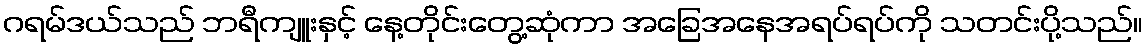
ဂရမ်ဒယ်သည် ဘရီကျူးနှင့် နေ့တိုင်းတွေ့ဆုံကာ အခြေအနေအရပ်ရပ်ကို သတင်းပို့သည်။